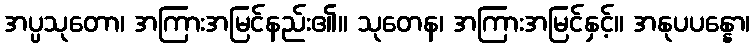
အပ္ပသုတော၊ အကြားအမြင်နည်း၏။ သုတေန၊ အကြားအမြင်နှင့်။ အနုပပန္နော၊